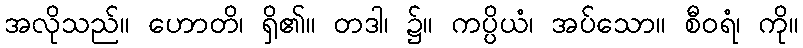
အလိုသည်။ ဟောတိ၊ ရှိ၏။ တဒါ၊ ၌။ ကပ္ပိယံ၊ အပ်သော။ စီဝရံ၊ ကို။